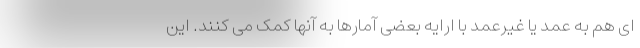
ای هم به عمد یا غیرعمد با ارایه بعضی آمارها به آنها کمک می کنند. این